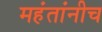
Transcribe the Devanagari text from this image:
महंतांनीच